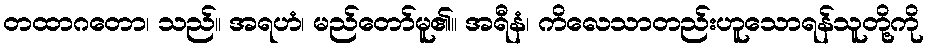
တထာဂတော၊ သည်။ အရဟံ၊ မည်တော်မူ၏။ အရီနံ၊ ကိလေသာတည်းဟူသောရန်သူတို့ကို